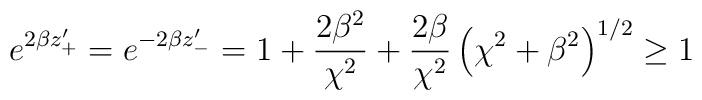
e^{2\beta z'_{+}}=e^{-2\beta z'_{-}}=  1 +  \frac{2\beta^2}{\chi^2} + \frac{2\beta}{\chi^2} \left(\chi^2+\beta^2\right)^{1/2}  \geq 1